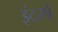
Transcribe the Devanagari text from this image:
इंटरपे